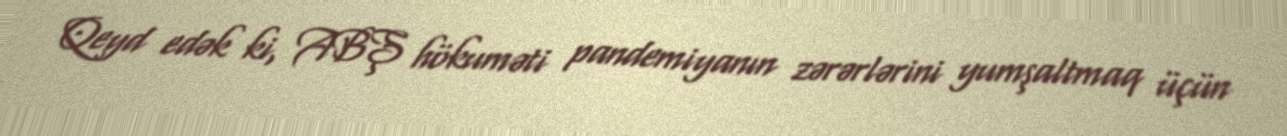
Qeyd edək ki, ABŞ hökuməti pandemiyanın zərərlərini yumşaltmaq üçün